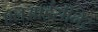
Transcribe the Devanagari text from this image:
एनआईसीनेट